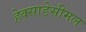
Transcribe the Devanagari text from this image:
हेक्साडेसीमल